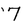
Character: 7